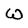
Character: w